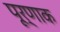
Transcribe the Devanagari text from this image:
पूर्णाक